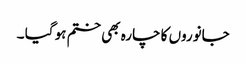
جانوروں کا چارہ بھی ختم ہو گیا ۔